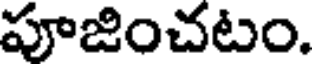
పూజించటం.